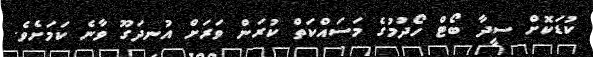
ކުޑަކޮށް ސީދާ ބޯޓް ހޯދުމުގެ މަސައްކަތް ކުރަން ވަރަށް އުނދަގޫ ވާނެ ކަމަށެވެ.